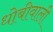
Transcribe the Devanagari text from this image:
धोबीवाली